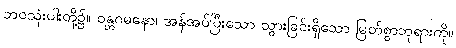
ဘဝသုံးပါးတို့၌။ ဝန္တဂမနော၊ အန်အပ်ပြီးသော သွားခြင်းရှိသော မြတ်စွာဘုရားကို။